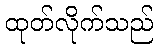
ထုတ်လိုက်သည်